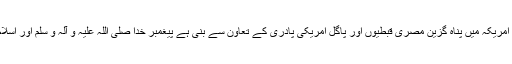
اس فلم میں ـ جو کہ ریاست ہائے متحدہ امریکہ میں صہیونی یہودیوں، امریکہ میں پناہ گزین مصری قبطیوں اور پاگل امریکی پادری کے تعاون سے بنی ہے پیغمبر خدا صلی اللہ علیہ و آلہ و سلم اور اسلام کی ایسی بے حرمتیاں ہوئی ہیں جن کے بیان سے زبان شرماتی ہے۔